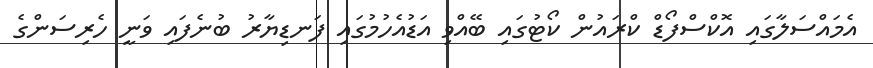
އެމައްސަލާގައި އޮކްސްފޯޑް ކްރައުން ކޯޓުގައި ބޭއްވި އަޑުއެހުމުގައި ފަނޑިޔާރު ބުނެފައި ވަނީ ހެރިސަންގެ